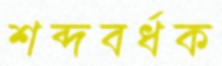
শব্দবর্ধক